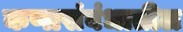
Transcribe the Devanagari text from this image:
कणासंबंधातील